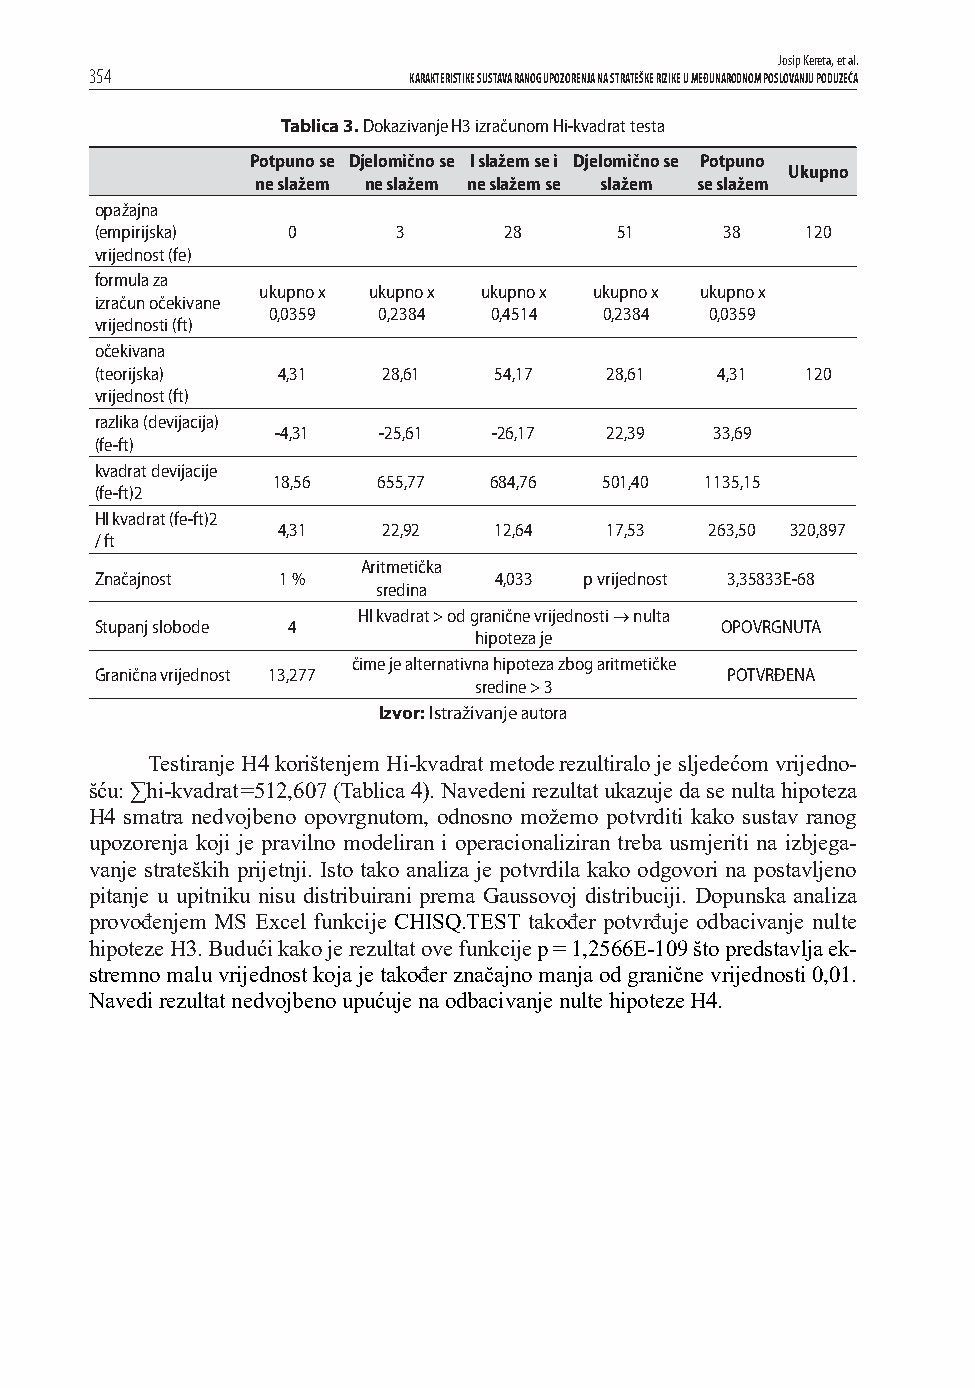
Josip Kereta, et al.
 354                  KARAKTERISTIKE SUSTAVA RANOG UPOZORENJA NA STRATEŠKE RIZIKE U MEĐUNARODNOM POSLOVANJU PODUZEĆA
 Tablica 3. Dokazivanje H3 izračunom Hi-kvadrat testa
 Potpuno se Djelomično se I slažem se i Djelomično se Potpuno
 Ukupno
 ne slažem ne slažem ne slažem se slažem se slažem
 opažajna
 (empirijska) 0      3      28      51     38   120
 vrijednost (fe)
 formula za
 ukupno x ukupno x ukupno x ukupno x ukupno x
 izračun očekivane
 0,0359 0,2384 0,4514  0,2384 0,0359
 vrijednosti (ft)
 očekivana
 (teorijska) 4,31   28,61   54,17  28,61   4,31 120
 vrijednost (ft)
 razlika (devijacija)
 -4,31  -25,61  -26,17 22,39  33,69
 (fe-ft)
 kvadrat devijacije
 18,56  655,77 684,76  501,40 1135,15
 (fe-ft)2
 HI kvadrat (fe-ft)2
 4,31   22,92   12,64  17,53  263,50 320,897
 / ft
 Aritmetička
 Značajnost   1 %           4,033 p vrijednost 3,35833E-68
 sredina
 HI kvadrat > od granične vrijednosti  nulta
 Stupanj slobode 4                         OPOVRGNUTA
 hipoteza je
 čime je alternativna hipoteza zbog aritmetičke
 Granična vrijednost 13,277                POTVRĐENA
 sredine > 3
 Izvor: Istraživanje autora
 Testiranje H4 korištenjem Hi-kvadrat metode rezultiralo je sljedećom vrijedno-
 šću: ∑hi-kvadrat =512,607 (Tablica 4). Navedeni rezultat ukazuje da se nulta hipoteza
 H4 smatra nedvojbeno opovrgnutom, odnosno možemo potvrditi kako sustav ranog
 upozorenja koji je pravilno modeliran i operacionaliziran treba usmjeriti na izbjega-
 vanje strateških prijetnji. Isto tako analiza je potvrdila kako odgovori na postavljeno
 pitanje u upitniku nisu distribuirani prema Gaussovoj distribuciji. Dopunska analiza
 provođenjem MS Excel funkcije CHISQ.TEST također potvrđuje odbacivanje nulte
 hipoteze H3. Budući kako je rezultat ove funkcije p = 1,2566E-109 što predstavlja ek-
 stremno malu vrijednost koja je također značajno manja od granične vrijednosti 0,01.
 Navedi rezultat nedvojbeno upućuje na odbacivanje nulte hipoteze H4.